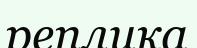
реплика